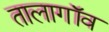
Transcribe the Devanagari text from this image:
तालागॉव